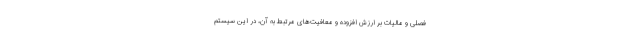
فصلی و مالیات بر ارزش افزوده و معافیت‌های مرتبط به آن، در این سیستم